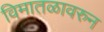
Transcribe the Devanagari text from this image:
विमातळावरुन